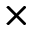
\times